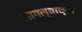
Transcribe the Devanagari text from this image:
लागल्याच्या